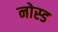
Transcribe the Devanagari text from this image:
नोस्ड